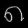
Digit: ၈